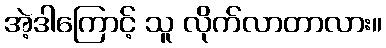
အဲ့ဒါကြောင့် သူ လိုက်လာတာလား။